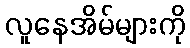
လူနေအိမ်များကို